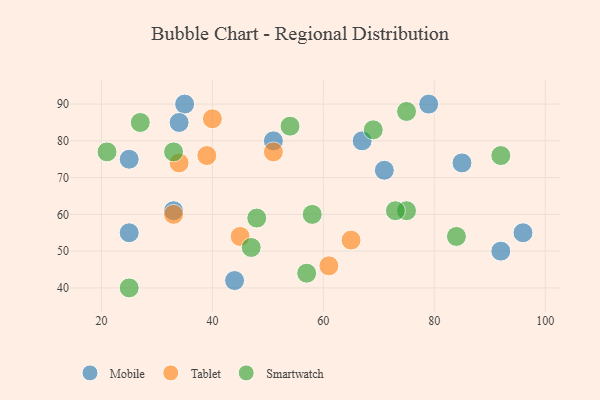
{"axis": {"x": "GDP", "y": "Life Expectancy"}, "legend": ["Mobile", "Smartwatch", "Tablet"], "data": [{"x": "35", "y": 90, "type": "Mobile"}, {"x": "92", "y": 50, "type": "Mobile"}, {"x": "33", "y": 61, "type": "Mobile"}, {"x": "79", "y": 90, "type": "Mobile"}, {"x": "67", "y": 80, "type": "Mobile"}, {"x": "25", "y": 55, "type": "Mobile"}, {"x": "51", "y": 80, "type": "Mobile"}, {"x": "96", "y": 55, "type": "Mobile"}, {"x": "85", "y": 74, "type": "Mobile"}, {"x": "71", "y": 72, "type": "Mobile"}, {"x": "44", "y": 42, "type": "Mobile"}, {"x": "34", "y": 85, "type": "Mobile"}, {"x": "25", "y": 75, "type": "Mobile"}, {"x": "45", "y": 54, "type": "Tablet"}, {"x": "33", "y": 60, "type": "Tablet"}, {"x": "34", "y": 74, "type": "Tablet"}, {"x": "51", "y": 77, "type": "Tablet"}, {"x": "39", "y": 76, "type": "Tablet"}, {"x": "40", "y": 86, "type": "Tablet"}, {"x": "65", "y": 53, "type": "Tablet"}, {"x": "61", "y": 46, "type": "Tablet"}, {"x": "58", "y": 60, "type": "Smartwatch"}, {"x": "84", "y": 54, "type": "Smartwatch"}, {"x": "69", "y": 83, "type": "Smartwatch"}, {"x": "75", "y": 88, "type": "Smartwatch"}, {"x": "57", "y": 44, "type": "Smartwatch"}, {"x": "92", "y": 76, "type": "Smartwatch"}, {"x": "54", "y": 84, "type": "Smartwatch"}, {"x": "25", "y": 40, "type": "Smartwatch"}, {"x": "75", "y": 61, "type": "Smartwatch"}, {"x": "33", "y": 77, "type": "Smartwatch"}, {"x": "73", "y": 61, "type": "Smartwatch"}, {"x": "48", "y": 59, "type": "Smartwatch"}, {"x": "47", "y": 51, "type": "Smartwatch"}, {"x": "21", "y": 77, "type": "Smartwatch"}, {"x": "27", "y": 85, "type": "Smartwatch"}]}